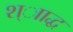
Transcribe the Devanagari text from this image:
श्ााद्ध